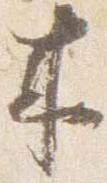
来